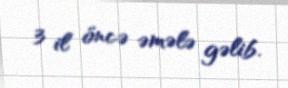
3 il öncə əmələ gəlib.